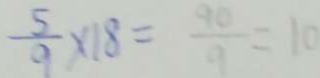
\frac { 5 } { 9 } \times 1 8 = \frac { 9 0 } { 9 } = 1 0